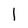
Character: l